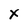
Character: x